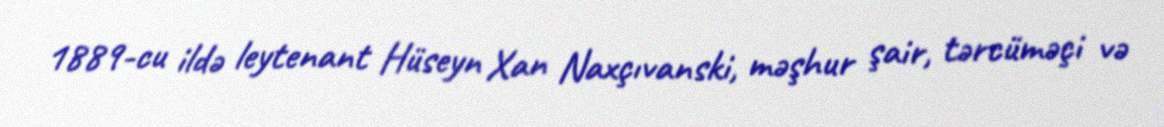
1889-cu ildə leytenant Hüseyn Xan Naxçıvanski, məşhur şair, tərcüməçi və